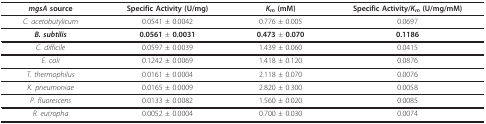
| mgsA source | Specific Activity (U/mg) | Km (mM) | Specific Activity/Km (U/mg/mM) |
 | --- | --- | --- | --- |
 | C. acetobutylicum | 0.0541 ± 0.0042 | 0.776 ± 0.005 | 0.0697 |
 | B. subtilis | 0.0561 ± 0.0031 | 0.473 ± 0.070 | 0.1186 |
 | C. difficile | 0.0597 ± 0.0039 | 1.439 ± 0.060 | 0.0415 |
 | E. coli | 0.1242 ± 0.0069 | 1.418 ± 0.120 | 0.0876 |
 | T. thermophilus | 0.0161 ± 0.0004 | 2.118 ± 0.070 | 0.0076 |
 | K. pneumoniae | 0.0165 ± 0.0009 | 2.820 ± 0.300 | 0.0058 |
 | P. fluorescens | 0.0133 ± 0.0082 | 1.560 ± 0.020 | 0.0085 |
 | R. eutropha | 0.0052 ± 0.0004 | 0.700 ± 0.030 | 0.0074 |